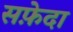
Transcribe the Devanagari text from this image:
सफ़ेदा